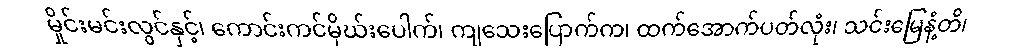
မှိုင်းမင်းလွင်နှင့်၊ ကောင်းကင်မိုဃ်းပေါက်၊ ကျသေးပြောက်က၊ ထက်အောက်ပတ်လုံး၊ သင်းမြေနံ့တိ၊